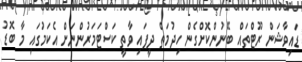
ޑައިވާޝަން ރޫޓްތައް ބޭނުންކޮށްގެން ހިދުމަތް ދީފައި ވާތީ ކަސްޓަމަރުންނަށް އެކަމުގައި މާ ބޮޑު